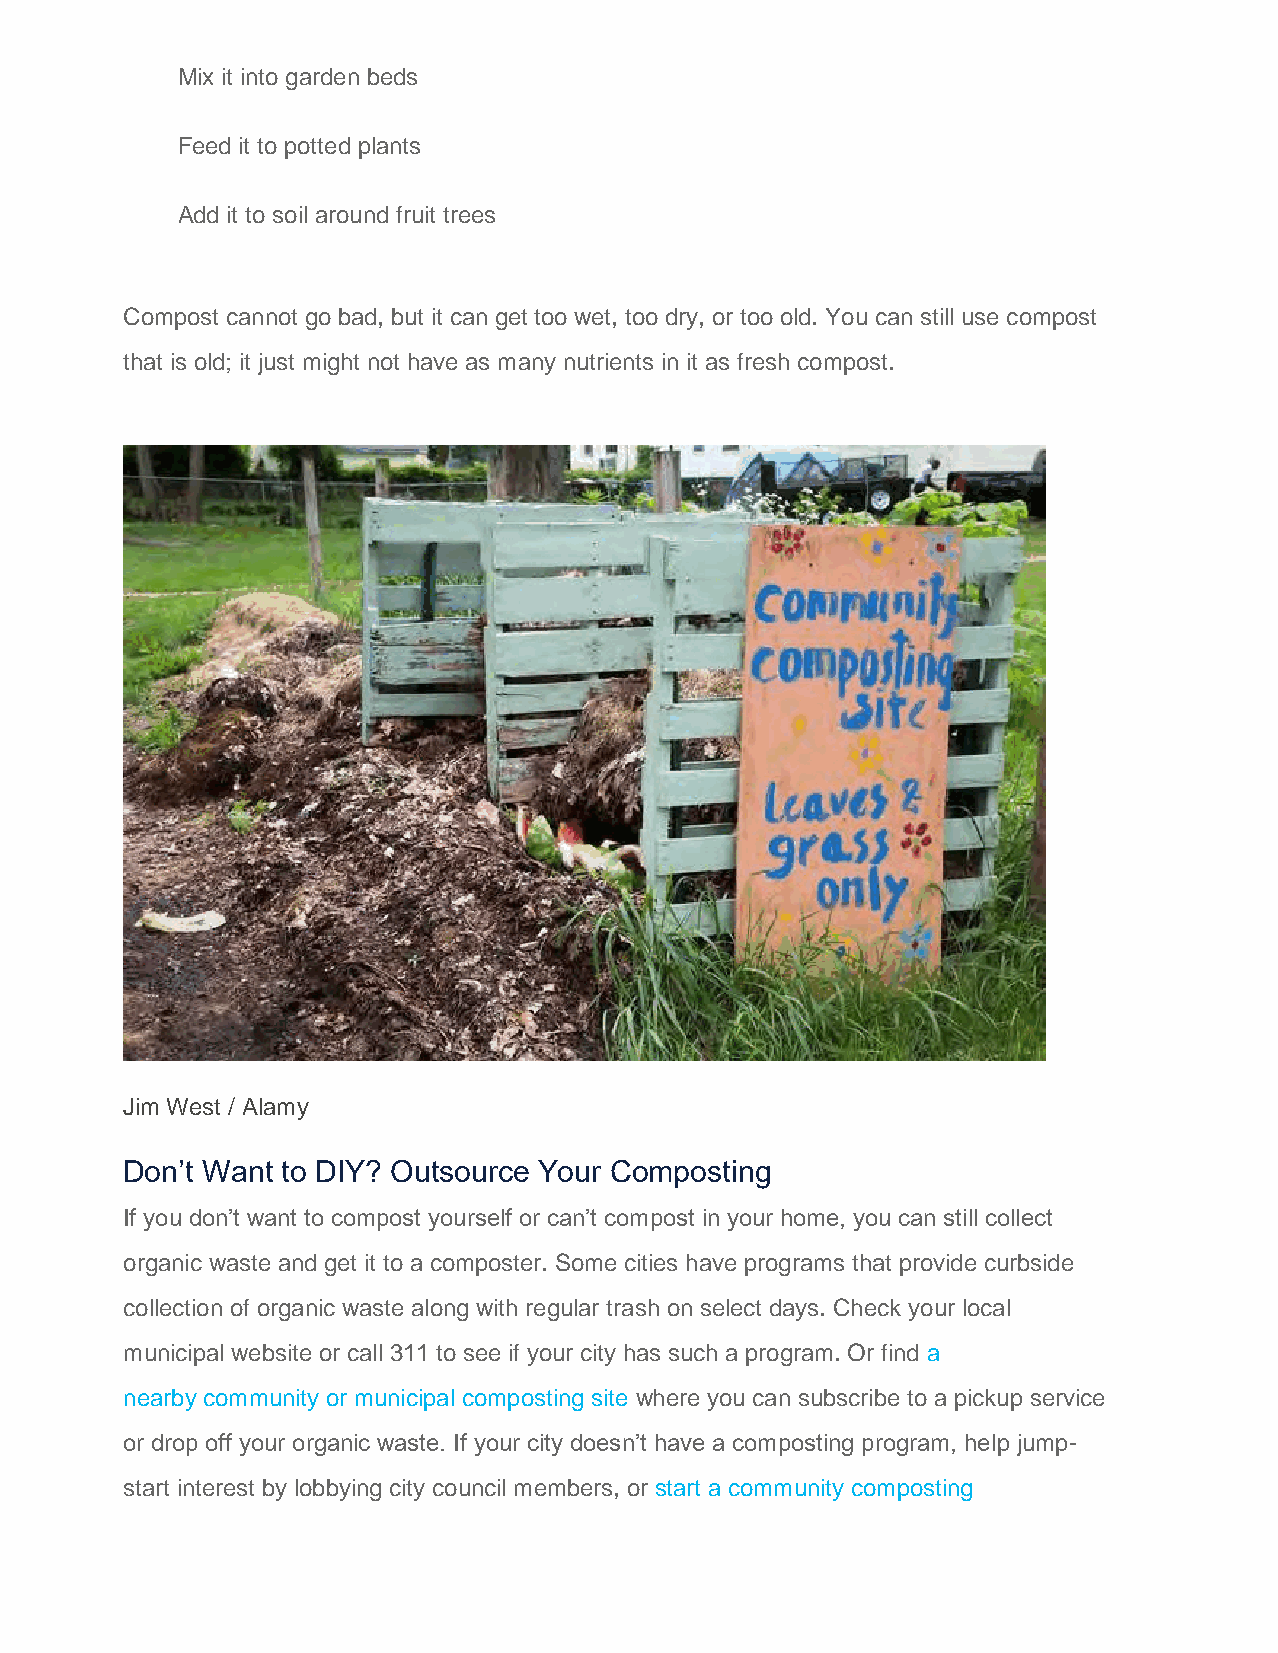
Mix it into garden beds
 Feed it to potted plants
 Add it to soil around fruit trees
 Compost cannot go bad, but it can get too wet, too dry, or too old. You can still use compost
 that is old; it just might not have as many nutrients in it as fresh compost.
 Jim West / Alamy
 Don’t Want to DIY? Outsource Your Composting
 If you don’t want to compost yourself or can’t compost in your home, you can still collect
 organic waste and get it to a composter. Some cities have programs that provide curbside
 collection of organic waste along with regular trash on select days. Check your local
 municipal website or call 311 to see if your city has such a program. Or find a
 nearby community or municipal composting site where you can subscribe to a pickup service
 or drop off your organic waste. If your city doesn’t have a composting program, help jump-
 start interest by lobbying city council members, or start a community composting